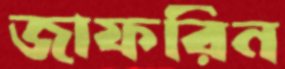
জাফরিন